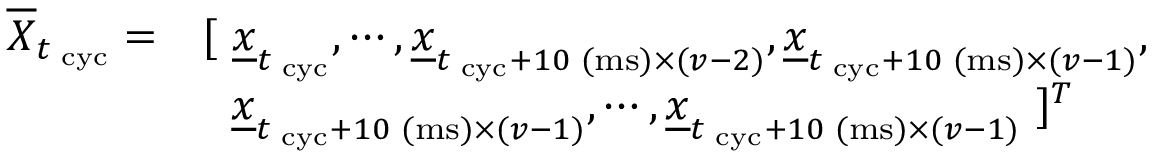
\begin{array} { r l } { \overline { { \boldsymbol X } } _ { t _ { \mathrm { \tiny ~ c y c } } } = } & { [ ~ \underline { { \boldsymbol x } } _ { t _ { \mathrm { \tiny ~ c y c } } } , \cdots , \underline { { \boldsymbol x } } _ { t _ { \mathrm { \tiny ~ c y c } } + 1 0 \mathrm { \tiny ~ ( m s ) } \times ( \boldsymbol v - 2 ) } , \underline { { \boldsymbol x } } _ { t _ { \mathrm { \tiny ~ c y c } } + 1 0 \mathrm { \tiny ~ ( m s ) } \times ( \boldsymbol v - 1 ) } , } \\ & { ~ ~ \underline { { \boldsymbol x } } _ { t _ { \mathrm { \tiny ~ c y c } } + 1 0 \mathrm { \tiny ~ ( m s ) } \times ( \boldsymbol v - 1 ) } , \cdots , \underline { { \boldsymbol x } } _ { t _ { \mathrm { \tiny ~ c y c } } + 1 0 \mathrm { \tiny ~ ( m s ) } \times ( \boldsymbol v - 1 ) } ~ ] ^ { T } } \end{array}